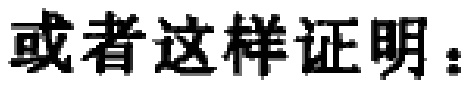
或者这样证明：